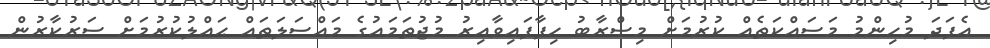
އެފަދަ މުހިންމު މަސައްކަތެއް ކުރުމަށް މިޞްރާބު ހިފާފައިވާއިރު މުޖުތަމަޢުގެ މައްސަލަތައް ޙައްލުކުރުމަށް ސަރުކާރުން